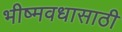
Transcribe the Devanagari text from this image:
भीष्मवधासाठी